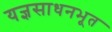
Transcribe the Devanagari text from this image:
यज्ञसाधनभूत